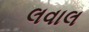
લવાલ